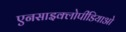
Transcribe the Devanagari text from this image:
एनसाइक्लोपीडियाओ